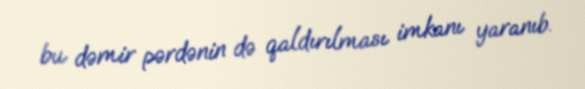
bu dəmir pərdənin də qaldırılması imkanı yaranıb.